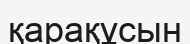
қарақұсын